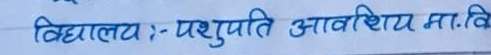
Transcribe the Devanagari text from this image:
विद्यालय :- पशुपति आवासीय मा.वि.